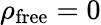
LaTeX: \rho_{\mathrm{free}}=0